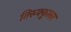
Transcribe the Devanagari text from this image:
तिरुक्कुलर